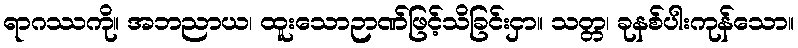
ရာဂဿကို။ အဘညာယ၊ ထူးသောဉာဏ်ဖြင့်သိခြင်းငှာ။ သတ္တ၊ ခုနစ်ပါးကုန်သော။